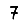
Digit: 7